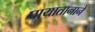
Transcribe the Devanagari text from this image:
पायातानाने